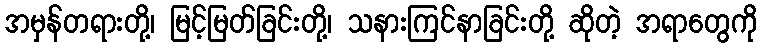
အမှန်တရားတို့၊ မြင့်မြတ်ခြင်းတို့၊ သနားကြင်နာခြင်းတို့ ဆိုတဲ့ အရာတွေကို